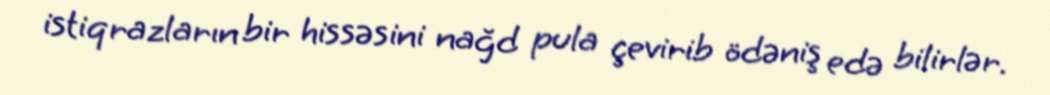
istiqrazların bir hissəsini nağd pula çevirib ödəniş edə bilirlər.